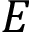
E